Civil Veterinary Dept. Bombay admin report 1932-41 - 1932-1941
Year: 1932
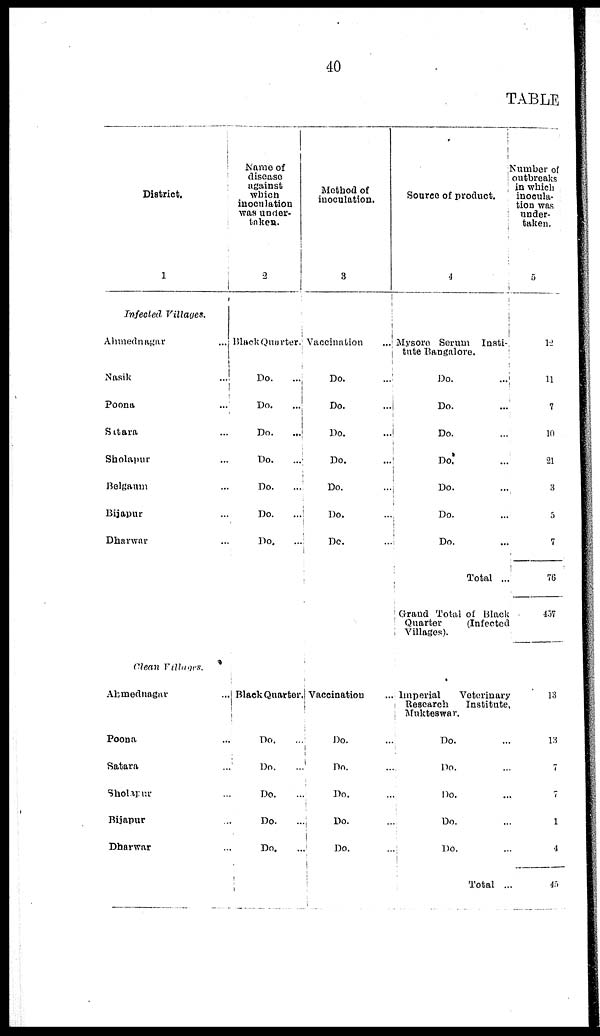
40
TABLE
District.
1
Infected Villages.
Ahmednagar ...
Nasik
...
Poona ...
Sttara ...
Sholapur ...
Belgaum ...
Bijapur ...
Dharwar ...
Clean Villages.
Ahmednagar ...
Poona ...
Satara ...
Sholapur ...
Bijapur ...
Dharwar ...
Name of
disease
against
which
inoculation
was under-
taken.
2
Black Quarter.
Do. ...
Do. ...
Do. ...
Do. ...
Do. ...
Do. ...
Do. ...
Black Quarter
Do. ...
Do. ...
Do.
..
Do. ...
Do. ...
Method of
inoculation.
3
Vaccination
Do. ...
Do. ...
Do. ...
Do. ...
Do. ...
Do. ...
Do. ...
Vaccination .
Do. ...
Do. ...
Do. ...
Do. ...
Do. ...
Source of product.
4
1 Mysore Serum Insti-
tute Bangalore.
Do. ...
Do. ...
Do. ...
Do. ...
Do. ...
Do. ...
Do. ...
Total ..
Grand Total of Black
Quarter
(Infected
Villages).
Imperial Veterinary
Research
Institute
Mnkteswar.
Do. ...
Do. ...
Do. ....
Do. ...
Do. ...
Total .
Number of
outbreaks
in which
inocula-
tion was
under-
taken.
5
12
11
7
10
21
3
5
7
76
457
13
13
7
7
1
4
45